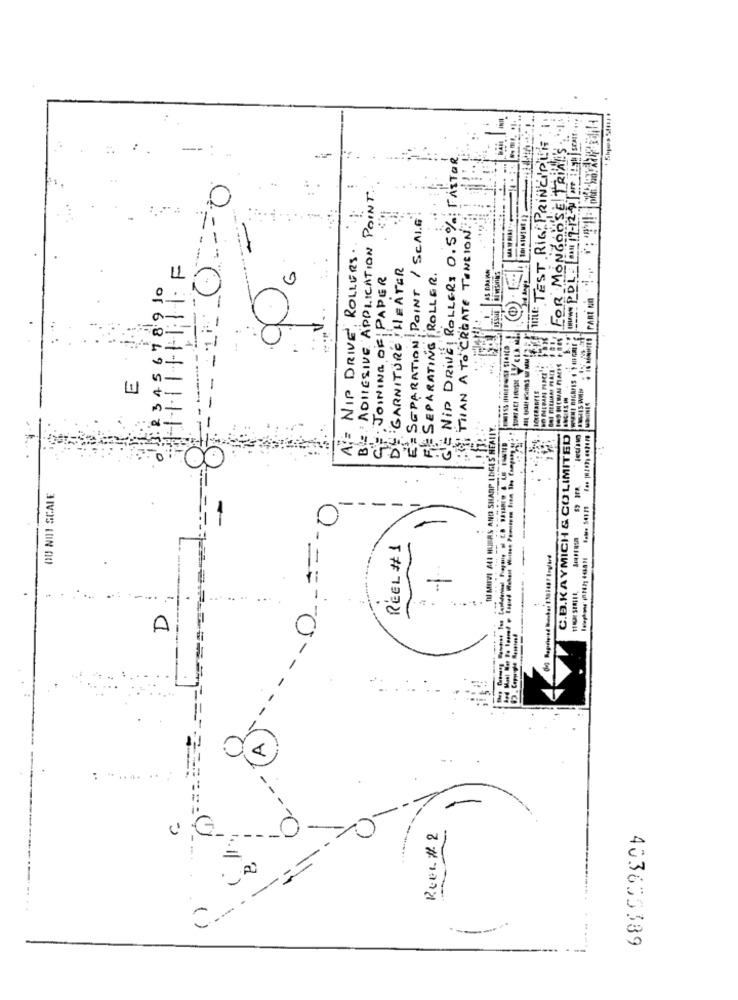
IN/ww PDL Ball 17-12-90 Ore 19| SCRIT ....
TITLE: TEST RIG PRINCIPU
FOR MONGOOSE TRIALS
--
Nip DRIVE! ROLLERS 0.5%: FASTOR
ADHESIVE APPLICATION POINT.
0
SEPARATION POINT / SCALE
THAN A TO CREATE TONCION:
NIP DRIVE, ROLLERS.
GARNITURE HEATER
AS BANAAN
· JOINING OF PAPER
SEPARATING ROLLER.
12345678910
E
MENI DIGREIS .
TU MIVI ALI HUURS AND SHARP EDGES NEALIY.
C.B.KAYMICH & CO LIMITED
COSAULOT
DO NOT SCALE
==- 0
-
RÉEL # 1
D
==
-
G
20
Reel # 2
403655389